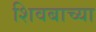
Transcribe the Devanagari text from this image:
शिवबाच्‍या